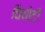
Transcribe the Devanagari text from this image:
चिंचोटी